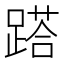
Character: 𨃚